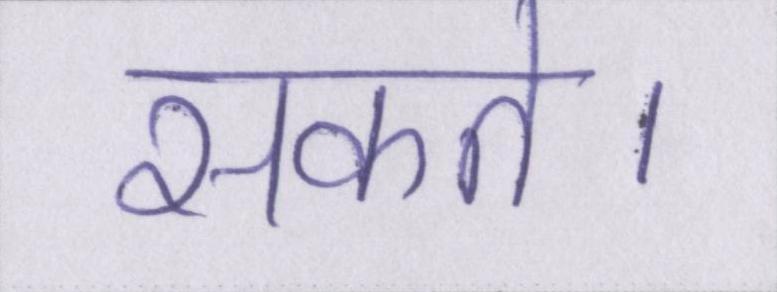
सकते।